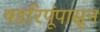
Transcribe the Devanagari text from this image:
षडरिपूंपासून